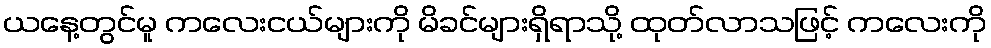
ယနေ့တွင်မူ ကလေးငယ်များကို မိခင်များရှိရာသို့ ထုတ်လာသဖြင့် ကလေးကို